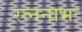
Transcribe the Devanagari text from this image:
रत्ननाभः